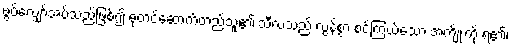
ဖွပ်လျှော်အပ်သည်ဖြစ်၍ ဓုတင်ဆောက်တည်သူ၏ သီလသည် လွန်စွာ စင်ကြယ်သော အကျိုးကို ရ၏၊